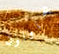
يحاولون